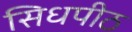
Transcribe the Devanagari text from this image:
सिधपीठ